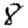
Digit: 8